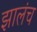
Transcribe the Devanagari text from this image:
झालंच